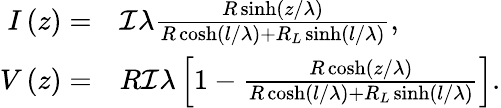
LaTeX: \begin{array}{rl}{I\left(z\right)=}&{\mathcal{I}\lambda\frac{R\sinh\left(z/\lambda\right)}{R\cosh\left(l/\lambda\right)+R_{L}\sinh\left(l/\lambda\right)}\mathrm{,}}\\ {V\left(z\right)=}&{R\mathcal{I}\lambda\left[1-\frac{R\cosh\left(z/\lambda\right)}{R\cosh\left(l/\lambda\right)+R_{L}\sinh\left(l/\lambda\right)}\right]\mathrm{.}}\end{array}